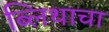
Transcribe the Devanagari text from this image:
ब्लिथाचा